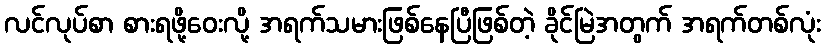
လင်လုပ်စာ စားရဖို့ဝေးလို့ အရက်သမားဖြစ်နေပြီဖြစ်တဲ့ ခိုင်မြဲအတွက် အရက်တစ်လုံး